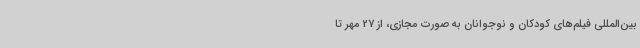
بین‌المللی فیلم‌های کودکان و نوجوانان به صورت مجازی، از 27 مهر تا